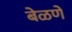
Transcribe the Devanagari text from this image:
बेळणे